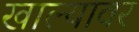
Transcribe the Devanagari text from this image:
खाल्यावर